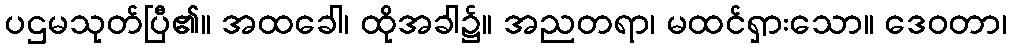
ပဌမသုတ်ပြီ၏။ အထခေါ၊ ထိုအခါ၌။ အညတရာ၊ မထင်ရှားသော။ ဒေဝတာ၊